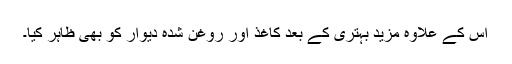
اس کے علاوہ مزید بہتری کے بعد کاغذ اور روغن شدہ دیوار کو بھی ظاہر کیا۔